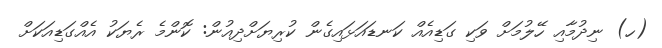
(ހ) ނިދުމާއި ހޭލުމަށް ވަކި ގަޑިއެއް ކަނޑައަޅައިގެން ކުރިޔަށްދިއުން: ކޮންމެ ރެޔަކު އެއްގަޑިއަކަށް